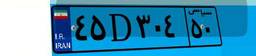
۱۳D۵۳۹۸۷